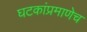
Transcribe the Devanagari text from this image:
घटकांप्रमाणेच